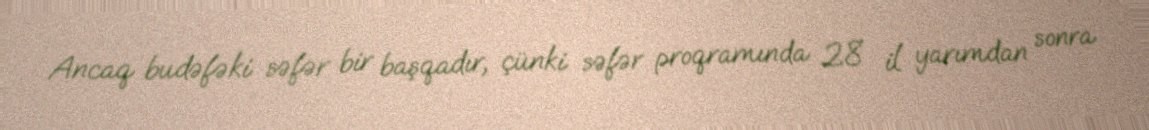
Ancaq budəfəki səfər bir başqadır, çünki səfər proqramında 28 il yarımdan sonra